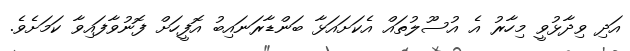
އަދި ވިދާޅުވީ މިހާރު އެ އުސޫލުތައް އެކަށައަޅާ ބަންޑާރަނައިބު އޮފީހަށް ފޮނުވާފައިވާ ކަމަށެވެ.